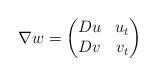
LaTeX: \begin{align*}\nabla w=\begin{pmatrix}Du & u_t\\ Dv & v_t\end{pmatrix} \end{align*}